system: You are a helpful assistant.
user:
Analyze the provided spectrum to determine if it is a **"Cataclysmic Variables (CV)"**.

- **Key Indicators for CV (Check for either state):**
    - **State 1: Quiescent / Low-State (Emission-Dominated)**
        - **(Primary):** Strong and *very broad* Hydrogen Balmer emission lines (e.g., $H\alpha$ at 6563 Å, $H\beta$ at 4861 Å). The 'broadness' (high velocity dispersion, often FWHM > 1000 km/s) is the key diagnostic, indicating a high-velocity accretion disk.
        - **(Secondary):** Broad neutral Helium (He I) emission lines (e.g., 5876 Å, 6678 Å).
        - **(Key Confirmation):** Presence of high-excitation *ionized* Helium (He II) emission at 4686 Å. This is a strong indicator of accretion onto a white dwarf.
        - **(Line Profile):** Emission lines may exhibit a 'double-peaked' profile, which is a classic signature of a rotating accretion disk viewed at high inclination.

    - **State 2: Outburst / High-State (Absorption-Dominated)**
        - **(Primary):** Spectrum is dominated by a bright, blue continuum (looks like a hot star).
        - **(Secondary):** The emission lines from State 1 are weak, absent, or 'filled in', and are replaced by broad, shallow *absorption* lines (primarily Balmer and He I).
        - **(Morphology):** The overall spectrum mimics a hot B/A-type star. The crucial difference is that the absorption lines are significantly broader, shallower, and more 'washed-out' (or 'smeared') than the sharp lines of a normal stellar photosphere, due to high rotational speeds and pressure broadening in the disk.

Think first, call **spectral_visualization_tool** if needed to examine features in detail, then provide your final answer. Your response must adhere to the following strict rules:
1.  **Overall Structure:** Your response must follow the format `<think>...</think> <tool_call>...</tool_call> (if a tool is used) <answer>...</answer>`.
2.  **Tool Usage Constraint:** You may only make **one** tool call per turn.
3.  **Final Answer Format:** In the `<answer>` tag, your conclusion must be inside a `\boxed{}` command (e.g., `\boxed{YES}`), followed by your justification.

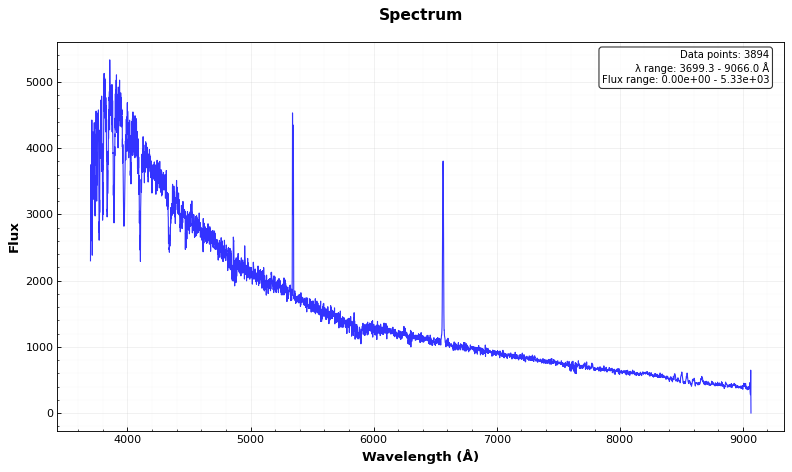
Answer: NO